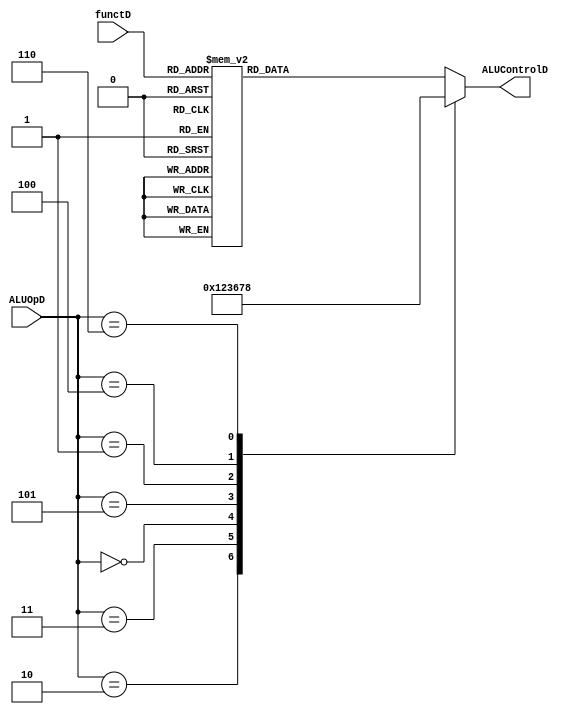
`timescale 1ns / 1ps
//////////////////////////////////////////////////////////////////////////////////
// Company: 
// Engineer: 
// 
// Design Name: 
// Module Name: aludec
// Project Name: 
// Target Devices: 
// Tool Versions: 
// Description: 
// 
// Dependencies: 
// 
// Revision:
// Revision 0.01 - File Created
// Additional Comments:
// 
//////////////////////////////////////////////////////////////////////////////////

//ALU Decoder
module aludec(functD, ALUOpD, ALUControlD);
	input [5:0] functD;//function code
	input [2:0] ALUOpD;
	output reg [3:0] ALUControlD;
	//now we change ALUOp code:
	/* 000 addi
	 * 001 subi
	 * 010 andi
	 * 011 ori
	 * 100 slti
	 * 111 depend on function code (R type)
	 */
	always @(*)
		case(ALUOpD)
		  3'b010: ALUControlD <= 4'b0000; //andi
		  3'b011: ALUControlD <= 4'b0001; //ori
		  3'b000: ALUControlD <= 4'b0010; //addi
		  3'b101: ALUControlD <= 4'b0011; //xori
		  3'b001: ALUControlD <= 4'b0110; //subi(if exist)
		  3'b100: ALUControlD <= 4'b0111; //slti
		  3'b110: ALUControlD <= 4'b1000; //lui
		  // to implement slti and ori, we develop ALUOp from [1:0] to [2:0];
		  default:case(functD)//R-type and shift-type
			   6'b100100: ALUControlD <= 4'b0000; //and
			   6'b100101: ALUControlD <= 4'b0001; //or
			   6'b100000: ALUControlD <= 4'b0010; //add
			   6'b100110: ALUControlD <= 4'b0011; //xor
			   6'b100010: ALUControlD <= 4'b0110; //sub
			   6'b101010: ALUControlD <= 4'b0111; //slt
			   6'b000011: ALUControlD <= 4'b1001; //sra
			   6'b000111: ALUControlD <= 4'b1010; //srav
			   6'b000000: ALUControlD <= 4'b1011; //sll
			   6'b000100: ALUControlD <= 4'b1100; //sllv
			   6'b000010: ALUControlD <= 4'b1101; //srl
			   6'b000110: ALUControlD <= 4'b1110; //srlv
			   6'b001000: ALUControlD <= 4'b1111; //jr
			   default:  ALUControlD <= 4'bxxxx; //design
			 endcase
		 endcase
endmodule